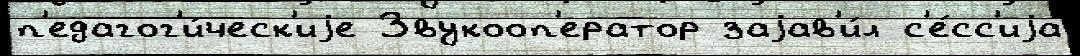
п'едагог'и́ческ'иjе Звукооп'ератор заjав'и́л с'е́сс'иjа